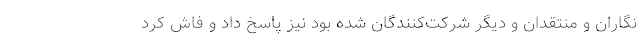
نگاران و منتقدان و دیگر شرکت‌کنندگان شده بود نیز پاسخ داد و فاش کرد